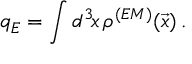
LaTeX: q _ { E } = \int d ^ { 3 } \! x \, \rho ^ { ( E M ) } ( \vec { x } ) \, .